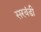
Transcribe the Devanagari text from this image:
सरवंडी